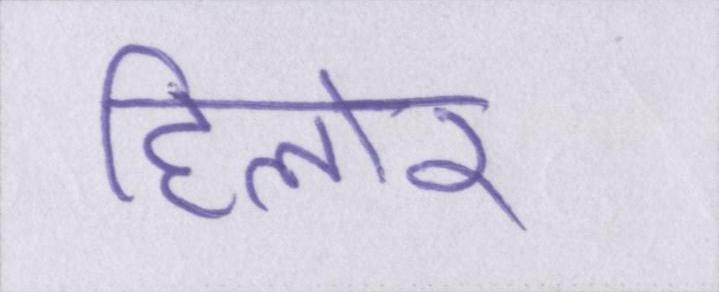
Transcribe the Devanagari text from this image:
हिलोर